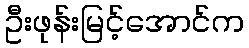
ဦးဖုန်းမြင့်အောင်က